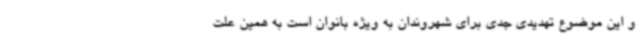
و این موضوع تهدیدی جدی برای شهروندان به ویژه بانوان است به همین علت